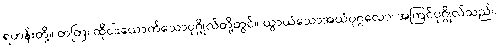
ရဟန်းတို့။ တတြ၊ ထိုငါးယောက်သောပုဂ္ဂိုလ်တို့တွင်။ ယွာယံသောအယံပုဂ္ဂလော၊ အကြင်ပုဂ္ဂိုလ်သည်။